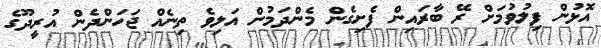
އޮޅުން ފިލުވުމަށް ރޭ ބާރައިން ފެށިގެން މެންދަމުން އަލިވެ ތިނެއް ޖަހަންދެން އުރީދޫގެ